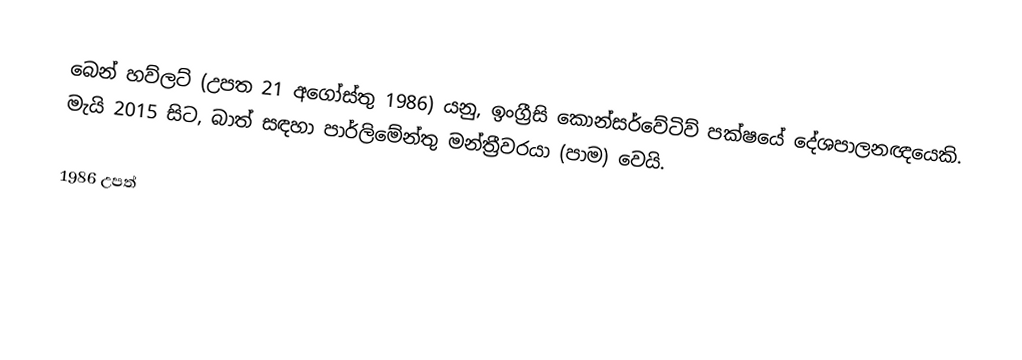
බෙන් හව්ලට් (උපත 21 අගෝස්තු 1986) යනු,  ඉංග්‍රීසි කොන්සර්වේටිව් පක්ෂයේ දේශපාලනඥයෙකි. මැයි 2015 සිට, බාත් සඳහා පාර්ලිමේන්තු මන්ත්‍රීවරයා (පාම) වෙයි.

1986 උපත්